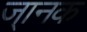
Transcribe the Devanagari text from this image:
ज्ानक